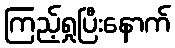
ကြည့်ရှုပြီးနောက်